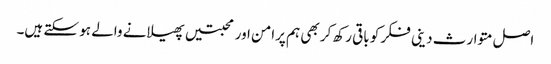
اصل متوارث دینی فکر کو باقی رکھ کر بھی ہم پرامن اور محبتیں پھیلانے والے ہو سکتے ہیں۔